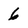
Character: 6